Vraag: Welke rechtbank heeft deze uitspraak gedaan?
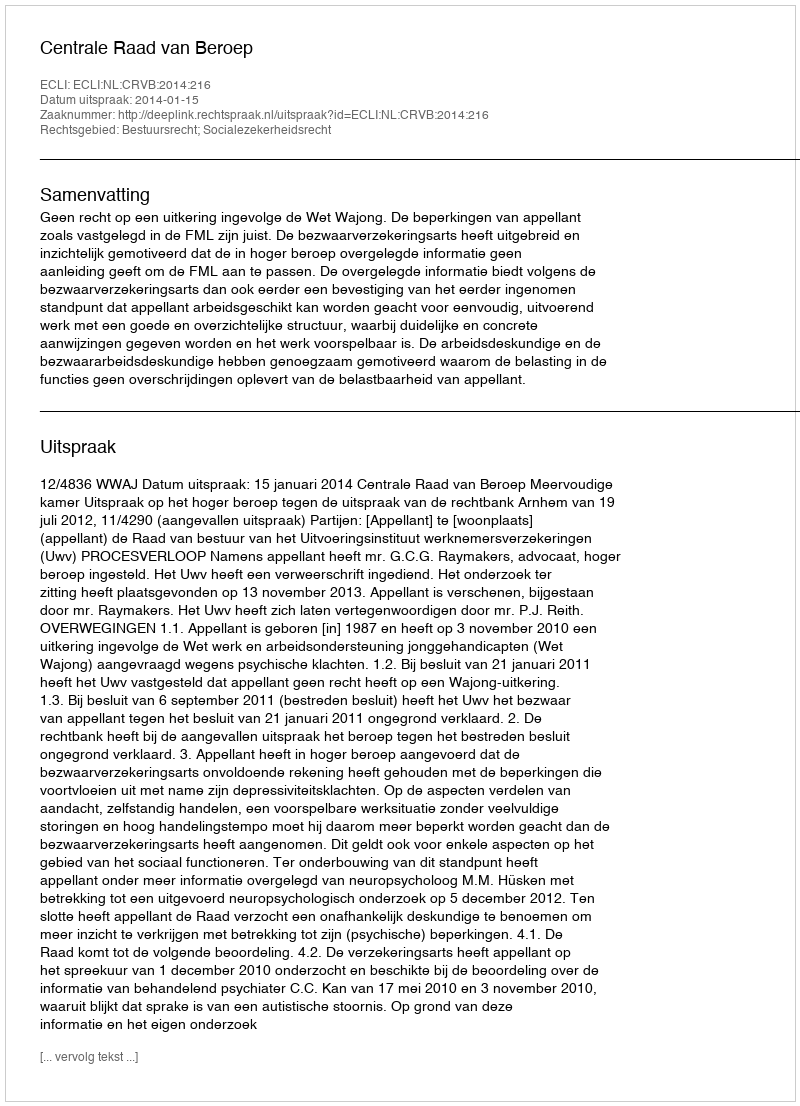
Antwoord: Centrale Raad van Beroep